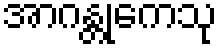
အာဂန္တုကေသု